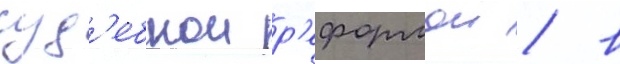
суд'ебнои р'еформои / в